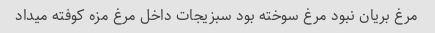
مرغ بریان نبود مرغ سوخته بود سبزیجات داخل مرغ مزه کوفته میداد